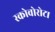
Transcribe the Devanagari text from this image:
स्कोवोरोटा